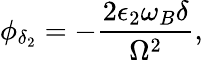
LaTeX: \phi_{\delta_{2}}=-\frac{2\epsilon_{2}\omega_{B}\delta}{\Omega^{2}},